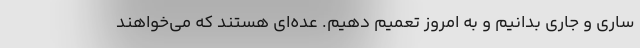
ساری و جاری بدانیم و به امروز تعمیم دهیم. عده‌ای هستند که می‌خواهند